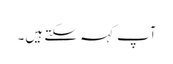
آپ کہہ سکتے ہیں۔